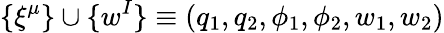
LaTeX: \{ \xi^{\mu}\} \cup\{ w^{I}\} \equiv(q_{1},q_{2},\phi_{1},\phi_{2},w_{1},w_{2})